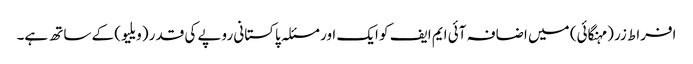
افراط زر (مہنگائی) میں اضافہ آئی ایم ایف کو ایک اور مسئلہ پاکستانی روپے کی قدر (ویلیو) کے ساتھ ہے۔